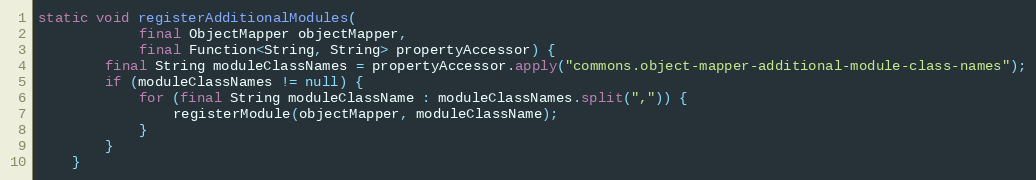
Language: Java
static void registerAdditionalModules(
            final ObjectMapper objectMapper,
            final Function<String, String> propertyAccessor) {
        final String moduleClassNames = propertyAccessor.apply("commons.object-mapper-additional-module-class-names");
        if (moduleClassNames != null) {
            for (final String moduleClassName : moduleClassNames.split(",")) {
                registerModule(objectMapper, moduleClassName);
            }
        }
    }